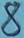
Text: 8